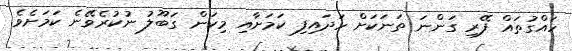
ހައްގުތައް ފޭރި ގަންނަ ތަނަކަށް ހަދައިފި ކަމަށާއި މިކަން ގަބޫލު ނުކުރެވޭނެ ކަމަށެވެ.